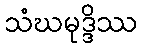
သံဃမုဒ္ဒိဿ